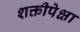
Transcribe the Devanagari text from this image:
शक्तीपेक्षा